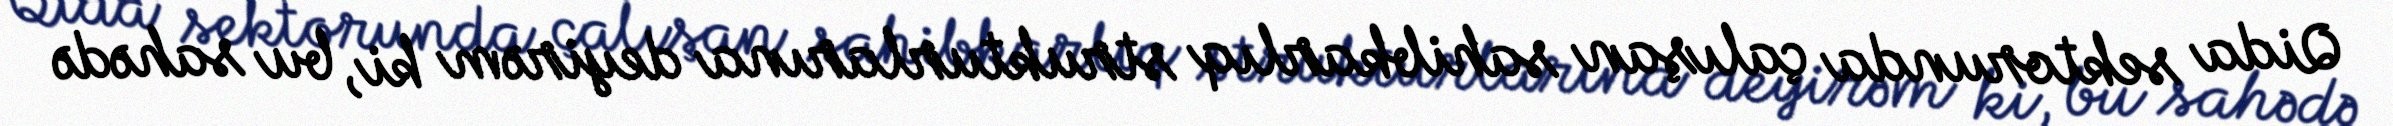
Qida sektorunda çalışan sahibkarlıq strukturlarına deyirəm ki, bu sahədə